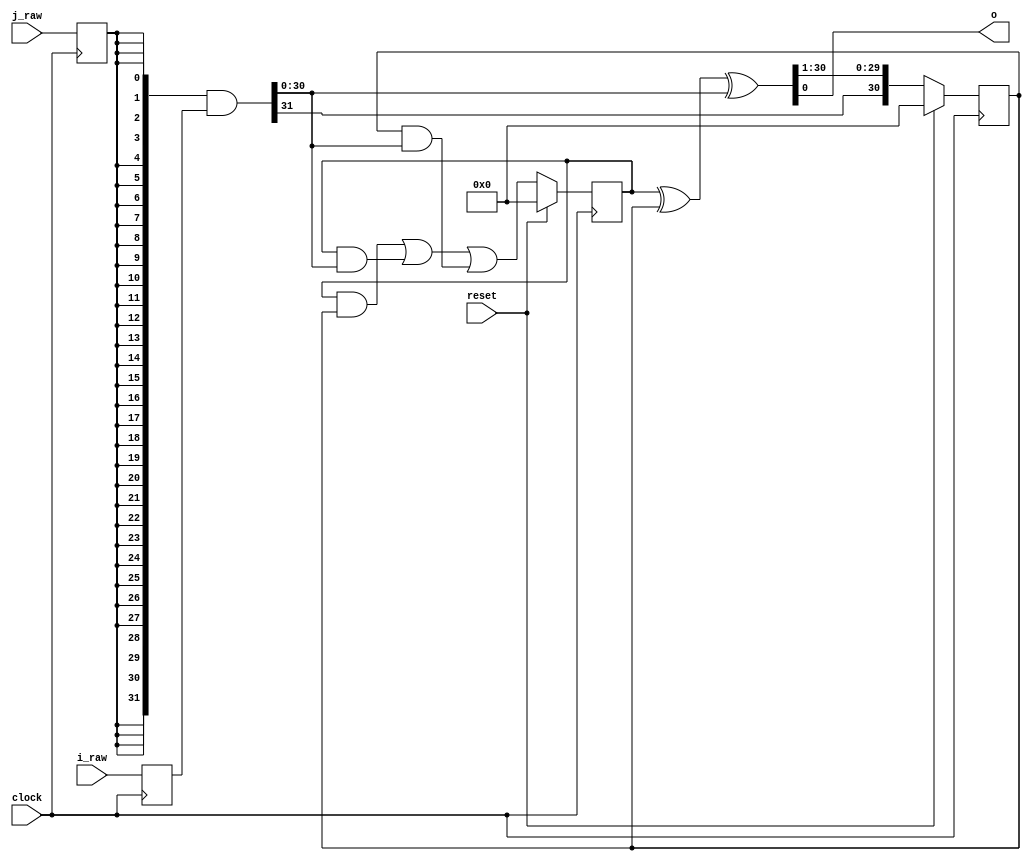
// Serial/parallel multiplier for unsigned numbers based on carry-save
// addition.
//
module SerialCSAMult(clock,reset,i_raw,j_raw,o);
    parameter	     BITS = 32;	// operand width
    input	     clock;	// clock
    input	     reset;	// reset
    input [BITS-1:0] i_raw;	// multiplicand
    input	     j_raw;	// multiplier bit
    output	     o;		// one bit of the product

    reg [BITS-2:0]   s;		// sum register
    reg [BITS-2:0]   c;		// carry register
    reg [BITS-1:0]   i;
    reg 	     j;
    wire [BITS-2:0]  faS;	// sum outputs of the CSA
    wire [BITS-2:0]  faC;	// carry outputs of the CSA
    wire [BITS-1:0]  andA;	// product of multiplicand and multiplier bit

    initial begin
	s = 0;
	c = 0;
	i = 0;
	j = 0;
    end

    always @ (posedge clock) begin
	i = i_raw;
	j = j_raw;
    end

    always @ (posedge clock) begin
	if (reset) begin
	    s = 0;
	    c = 0;
	end else begin
	    s = {andA[BITS-1], faS[BITS-2:1]};
	    c = faC;
	end
    end

    assign andA = {BITS{j}} & i;
    assign faC = c & s | c & andA[BITS-2:0] | s & andA[BITS-2:0];
    assign faS = c ^ s ^ andA[BITS-2:0];
    assign o = faS[0];

endmodule // SerialCSAMult